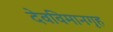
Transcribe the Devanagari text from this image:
देवविमानगृह